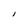
Character: I